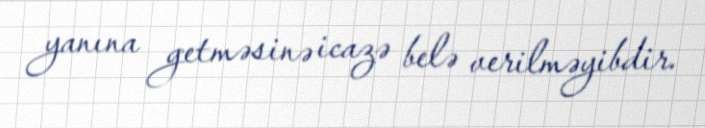
yanına getməsinə icazə belə verilməyibdir.